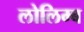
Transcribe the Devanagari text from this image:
लोलिम्ब